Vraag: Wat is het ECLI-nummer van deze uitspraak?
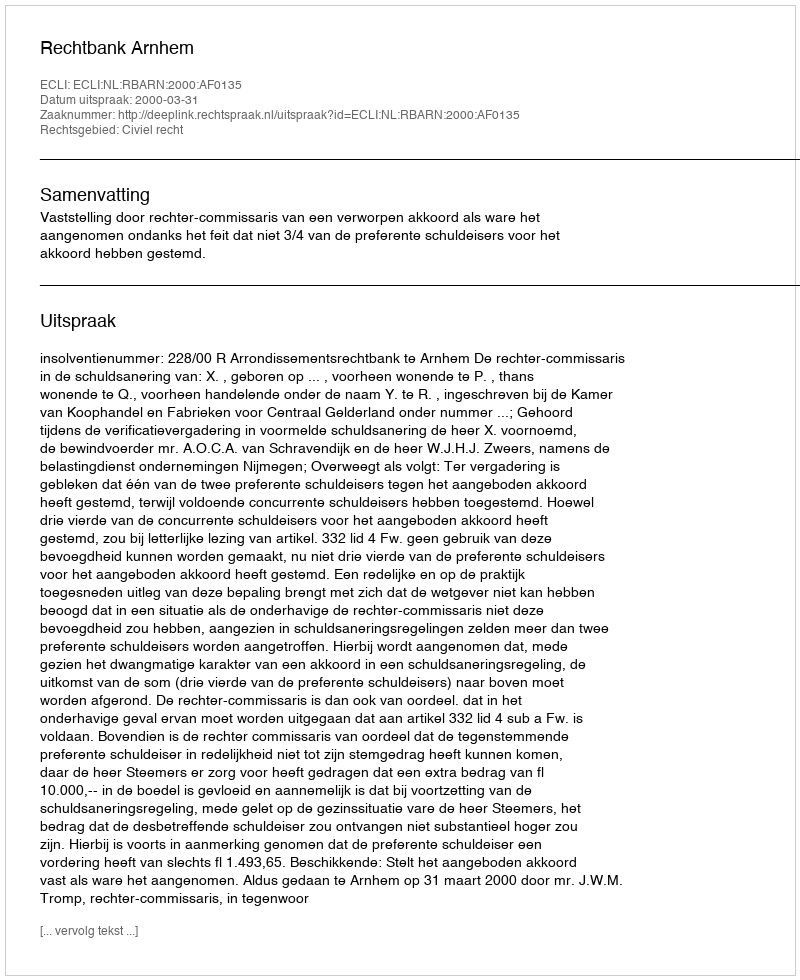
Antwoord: ECLI:NL:RBARN:2000:AF0135